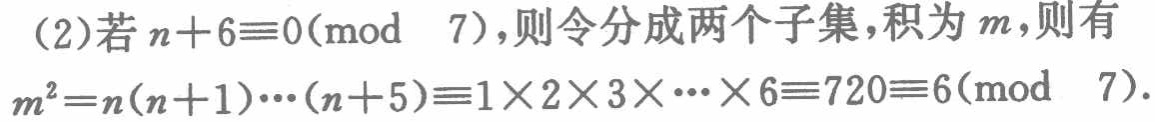
(2)若\(n + 6\equiv0(\bmod\ 7)\)，则令分成两个子集，积为\(m\)，则有

\(m^{2}=n(n + 1)\cdots(n + 5)\equiv1\times2\times3\times\cdots\times6\equiv720\equiv6(\bmod\ 7)\)。